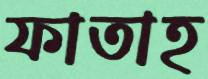
ফাতাহ